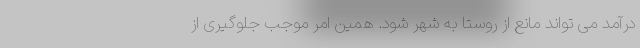
درآمد می تواند مانع از روستا به شهر شود. همین امر موجب جلوگیری از